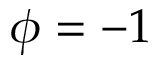
\phi = - 1